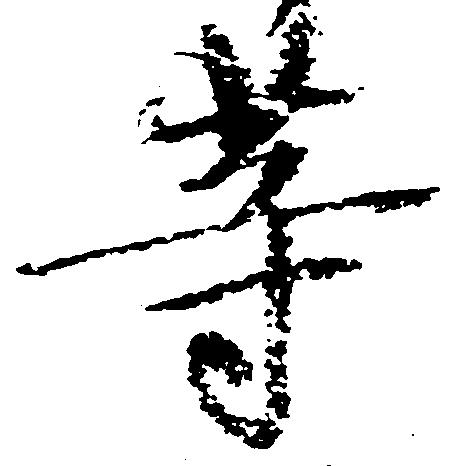
等